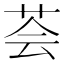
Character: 荟